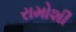
રામોશી